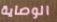
الوصاية